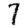
Digit: 7